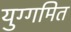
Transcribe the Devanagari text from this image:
युग्गमित